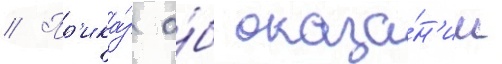
// Пр'ика́з о́б оказа́н'ии